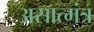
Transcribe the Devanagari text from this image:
असात्मंत्र